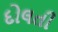
દોલતી